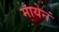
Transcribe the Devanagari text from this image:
मायेनं